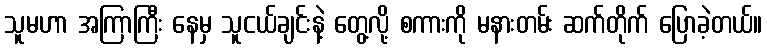
သူမဟာ အကြာကြီး နေမှ သူငယ်ချင်းနဲ့ တွေ့လို့ စကားကို မနားတမ်း ဆက်တိုက် ပြောခဲ့တယ်။